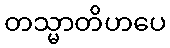
တသ္မာတိဟပေ